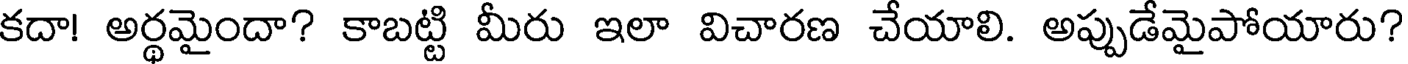
కదా! అర్థమైందా? కాబట్టి మీరు ఇలా విచారణ చేయాలి. అప్పుడేమైపోయారు?